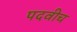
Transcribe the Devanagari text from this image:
पदवीच